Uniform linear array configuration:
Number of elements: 8
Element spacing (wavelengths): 0.5
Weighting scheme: uniform
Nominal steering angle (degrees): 45
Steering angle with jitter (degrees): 44.548
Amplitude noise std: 0.05
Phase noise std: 0.05

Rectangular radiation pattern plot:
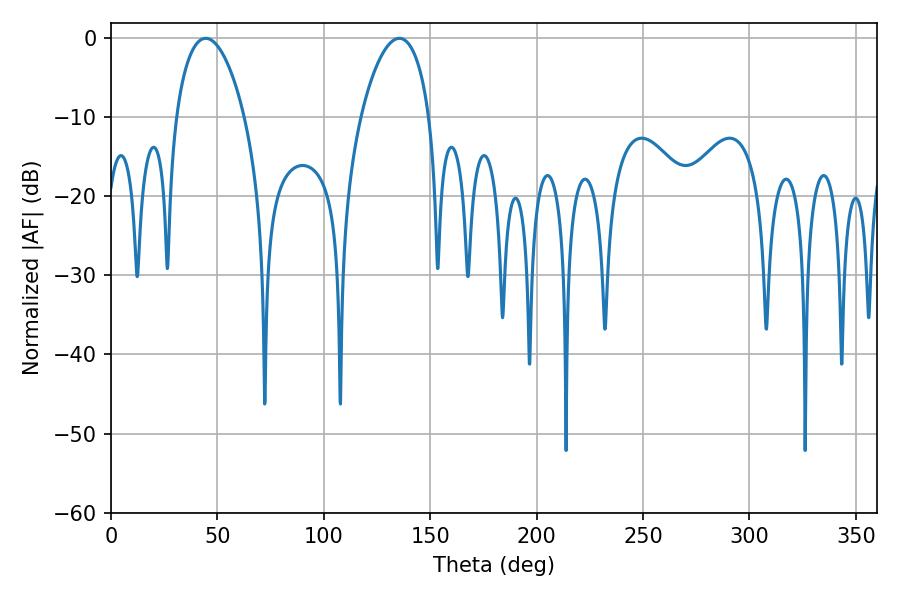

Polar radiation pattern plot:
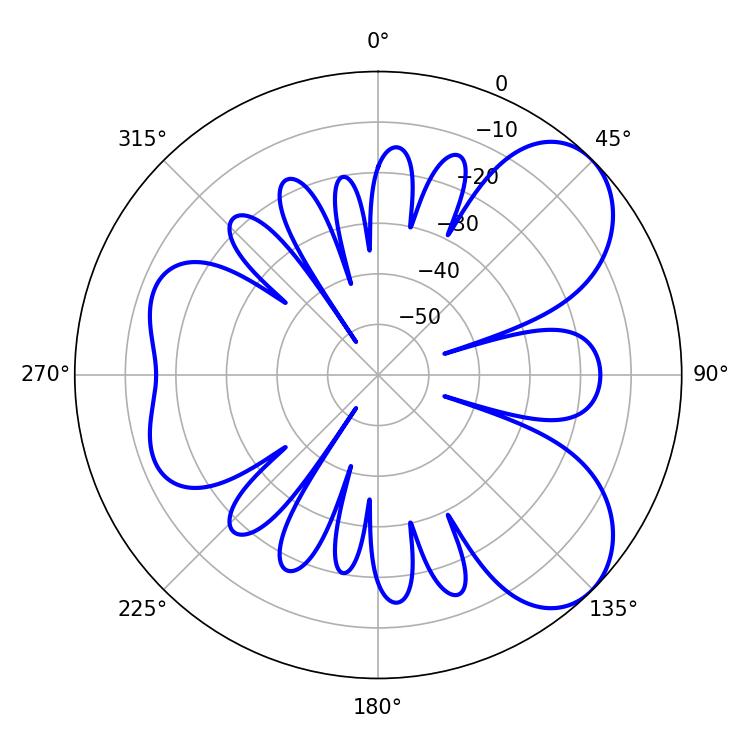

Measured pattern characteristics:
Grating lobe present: FALSE
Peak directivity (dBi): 6.605
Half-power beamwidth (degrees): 18.18
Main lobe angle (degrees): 44.46